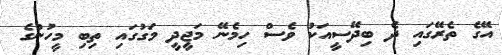
އޭގެ ތެރޭގައި ދެ ބިދޭސީއަކު ވެސް ހިމެނޭ މަޖީދީ މަގުގައި ތިބި މީހުންގެ